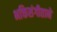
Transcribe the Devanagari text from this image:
भक्तिसंगीताने